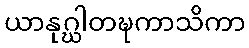
ယာနုဂ္ဃါတဍ္ဎကာသိကာ